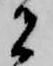
者